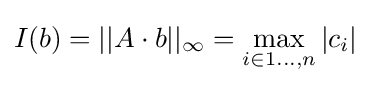
I(b)=||A\cdot b||_{\infty }=\max _{i\in 1\dots ,n}|c_{i}|